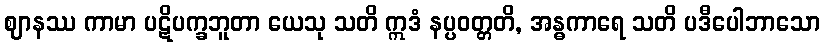
ဈာနဿ ကာမာ ပဋိပက္ခဘူတာ ယေသု သတိ ဣဒံ နပ္ပဝတ္တတိ, အန္ဓကာရေ သတိ ပဒီပေါဘာသော